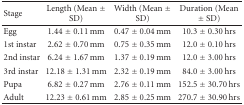
| Stage | Length (Mean ± SD) | Width (Mean ± SD) | Duration (Mean ± SD) |
 | --- | --- | --- | --- |
 | Egg | 1.44 ± 0.11 mm | 0.47 ± 0.04 mm | 10.3 ± 0.30 hrs |
 | 1st instar | 2.62 ± 0.70 mm | 0.75 ± 0.35 mm | 12.0 ± 0.10 hrs |
 | 2nd instar | 6.24 ± 1.67 mm | 1.37 ± 0.19 mm | 12.0 ± 3.00 hrs |
 | 3rd instar | 12.18 ± 1.31 mm | 2.32 ± 0.19 mm | 84.0 ± 3.00 hrs |
 | Pupa | 6.82 ± 0.27 mm | 2.76 ± 0.11 mm | 152.5 ± 30.70 hrs |
 | Adult | 12.23 ± 0.61 mm | 2.85 ± 0.25 mm | 270.7 ± 30.90 hrs |